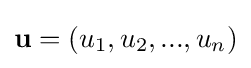
{\textstyle \mathbf {u} =(u_{1},u_{2},...,u_{n})}